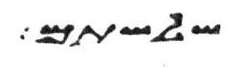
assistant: שלשתם